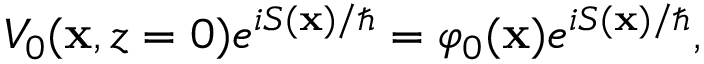
\begin{array} { r } { V _ { 0 } ( \mathbf { x } , z = 0 ) e ^ { i S ( \mathbf { x } ) / \hbar } = \varphi _ { 0 } ( \mathbf { x } ) e ^ { i S ( \mathbf { x } ) / \hbar } , } \end{array}